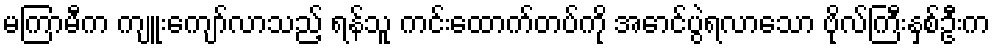
မကြာမီက ကျူးကျော်လာသည့် ရန်သူ ကင်းထောက်တပ်ကို အောင်ပွဲရလာသော ဗိုလ်ကြီးနှစ်ဦးက